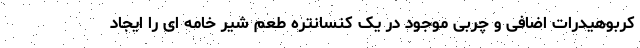
کربوهیدرات اضافی و چربی موجود در یک کنسانتره طعم شیر خامه ای را ایجاد